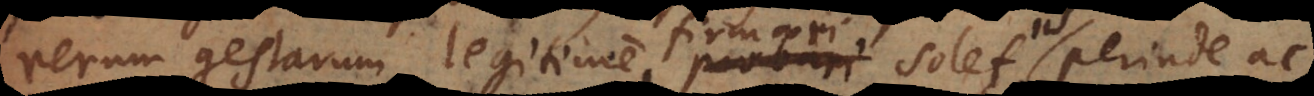
rerum gestarum legitime firmari solet, iis perin